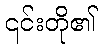
၎င်းတို၏